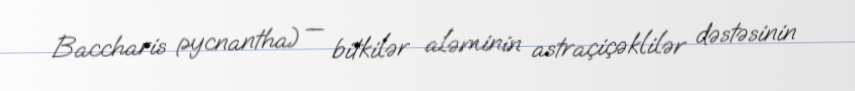
Baccharis pycnantha) — bitkilər aləminin astraçiçəklilər dəstəsinin